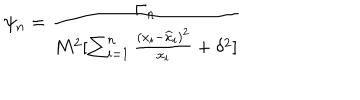
LaTeX: \psi _ { n } = { \frac { \Gamma _ { n } } { M ^ { 2 } [ \sum _ { i = 1 } ^ { n } { \frac { ( x _ { i } - { \widehat x } _ { i } ) ^ { 2 } } { x _ { i } } } + \delta ^ { 2 } ] } }